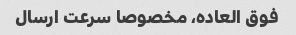
فوق العاده، مخصوصا سرعت ارسال